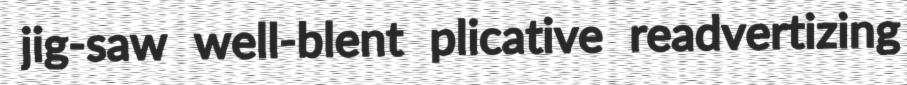
jig-saw well-blent plicative readvertizing